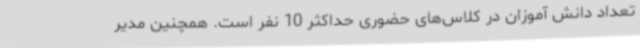
تعداد دانش آموزان در کلاس‌های حضوری حداکثر 10 نفر است. همچنین مدیر